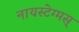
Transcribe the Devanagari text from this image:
नायस्‍टेग्‍मस्